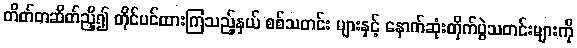
တိတ်တဆိတ်ညှိ၍ တိုင်ပင်ထားကြသည့်နှယ် စစ်သတင်း များနှင့် နောက်ဆုံးတိုက်ပွဲသတင်းများကို